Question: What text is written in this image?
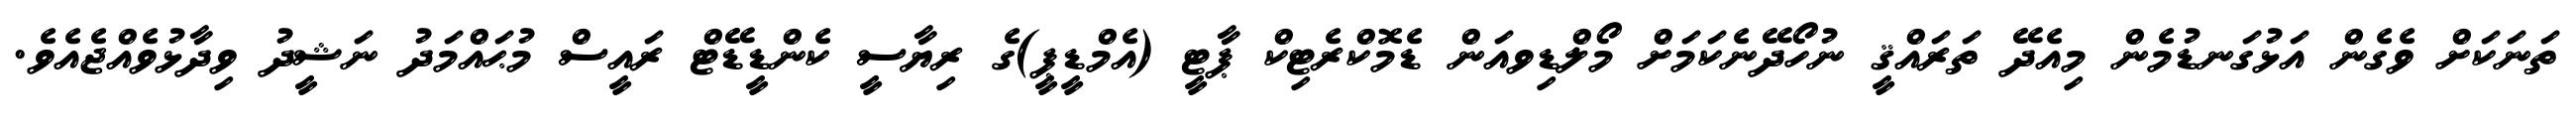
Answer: ތަނަކަށް ވެގެން އަޅުގަނޑުމެން މިއެދޭ ތަރައްޤީ ނުހޯދޭނެކަމަށް މޯލްޑިވއަން ޑެމޮކްރެޓިކް ޕާޓީ (އެމްޑީޕީ)ގެ ރިޔާސީ ކެންޑީޑޭޓް ރައީސް މުޙައްމަދު ނަޝީދު ވިދާޅުވެއްޖެއެވެ.